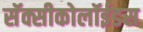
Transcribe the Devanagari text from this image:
सॅक्सीकोलॉईडस